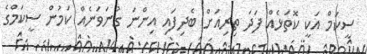
ސީކަމް އަކީ ކޮތަޅެއް ފަދަ ތިރިއަށް ބެދިފައި އިންނަ ގުނަވަނެއް ކަމުން ސީކަމްގެ